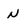
Character: n